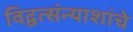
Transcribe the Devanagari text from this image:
विद्वत्संन्याशांचे